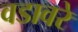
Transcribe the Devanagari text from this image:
वडावरे